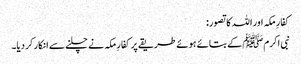
کفارِ مکہ اور اللہ کا تصور:
نبی اکرمﷺ کے بتائے ہوئے طریقے پر کفارِ مکہ نے چلنے سے انکار کر دیا۔